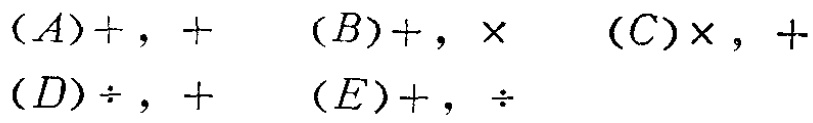
$(A)+,+\quad (B)+,\times\quad (C)\times,+\quad (D)\div,+\quad (E)+,\div$